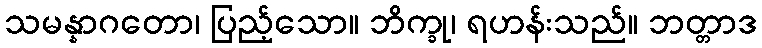
သမန္နာဂတော၊ ပြည့်သော။ ဘိက္ခု၊ ရဟန်းသည်။ ဘတ္တာဒ